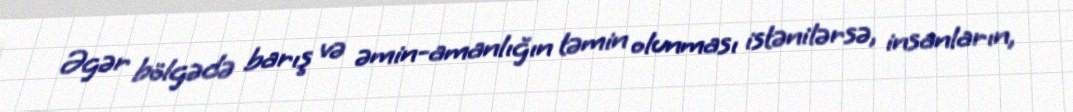
Əgər bölgədə barış və əmin-amanlığın təmin olunması istənilərsə, insanların,